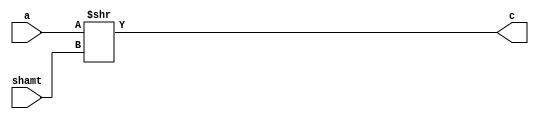
module srl (
		input [31:0] a,
		input [4:0] shamt,
		output [31:0] c
);
assign c = a >> shamt;
endmodule